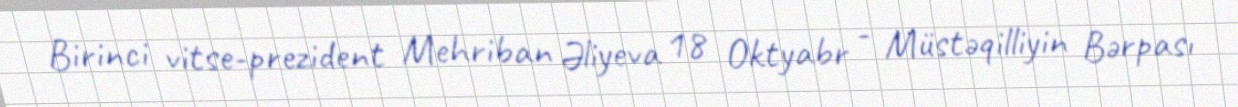
Birinci vitse-prezident Mehriban Əliyeva 18 Oktyabr - Müstəqilliyin Bərpası